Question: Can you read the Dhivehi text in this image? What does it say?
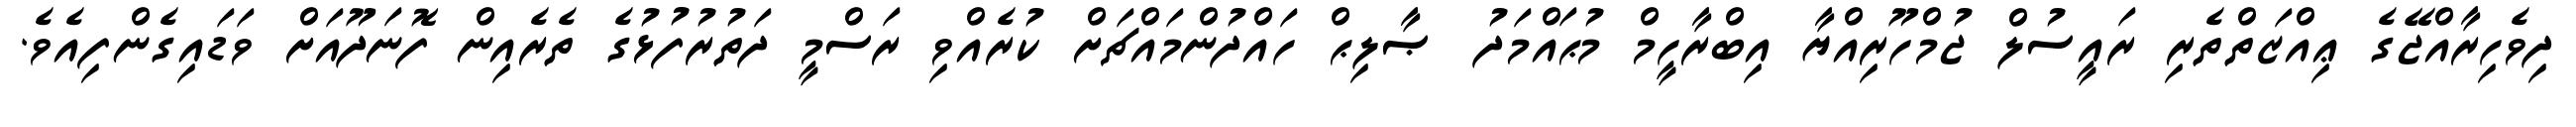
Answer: ދިވެހިރާއްޖޭގެ ޢިއްޒަތްތެރި ރައީސުލް ޖުމްހޫރިއްޔާ އިބްރާހީމް މުޙައްމަދު ޞާލިޙް ހައްދުންމައްޗަށް ކުރެއްވި ރަސްމީ ދަތުރުފުޅުގެ ތެރެއިން ފޮނަދޫއަށް ވަޑައިގެންފިއެވެ.